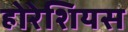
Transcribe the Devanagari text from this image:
होरेशियस